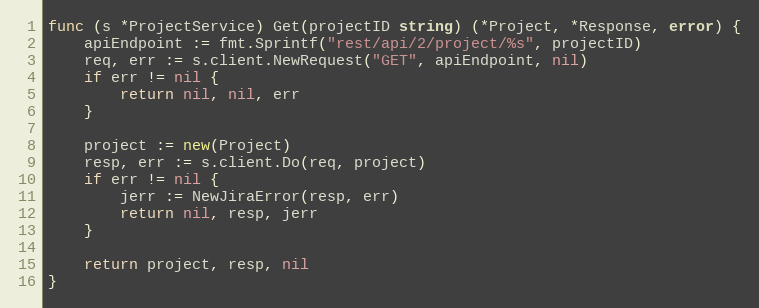
Language: Go
func (s *ProjectService) Get(projectID string) (*Project, *Response, error) {
	apiEndpoint := fmt.Sprintf("rest/api/2/project/%s", projectID)
	req, err := s.client.NewRequest("GET", apiEndpoint, nil)
	if err != nil {
		return nil, nil, err
	}

	project := new(Project)
	resp, err := s.client.Do(req, project)
	if err != nil {
		jerr := NewJiraError(resp, err)
		return nil, resp, jerr
	}

	return project, resp, nil
}